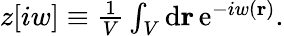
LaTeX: \begin{array}{r}{z[iw]\equiv\frac{1}{V}\int_{V}\mathrm{d}\mathbf{r}\, \mathrm{e}^{-iw(\mathbf{r})}.}\end{array}